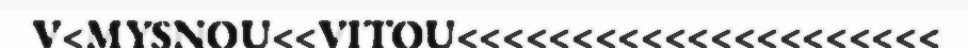
V<MYSNOU<<VITOU<<<<<<<<<<<<<<<<<<<<<